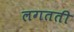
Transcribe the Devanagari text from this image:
लगतती